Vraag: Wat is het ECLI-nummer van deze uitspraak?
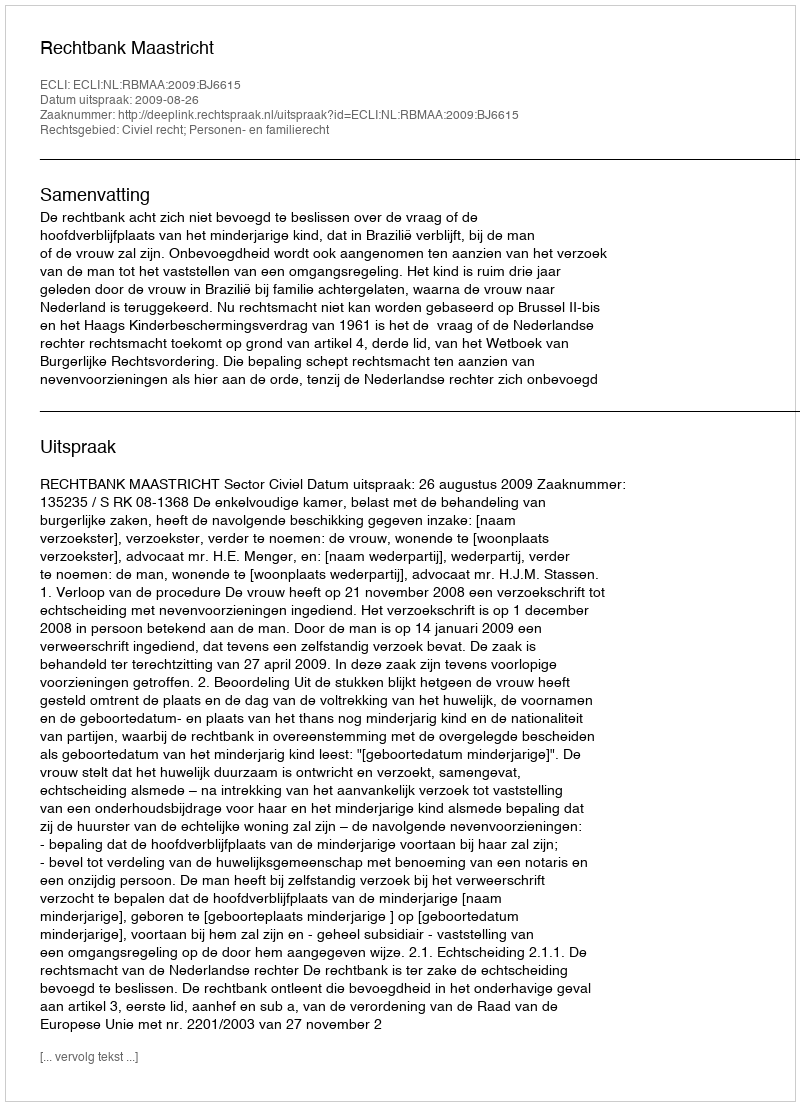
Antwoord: ECLI:NL:RBMAA:2009:BJ6615